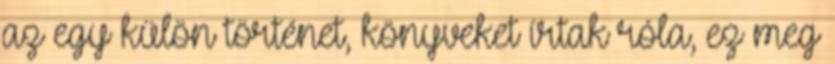
az egy külön történet, könyveket írtak róla, ez meg